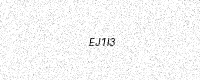
Text: EJ1I3